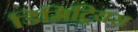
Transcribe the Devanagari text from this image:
डिमिट्रियस